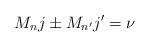
LaTeX: \begin{align*} M_nj\pm M_{n'}j'=\nu\end{align*}